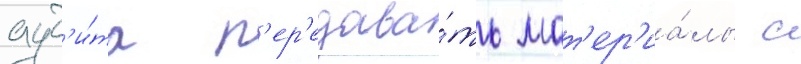
ауд'и́та п'ер'едава́ть мат'ер'иа́лы с